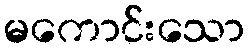
မကောင်းသော